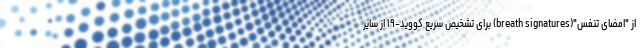
از "امضای تنفس"(breath signatures) برای تشخیص سریع کووید-۱۹ از سایر